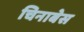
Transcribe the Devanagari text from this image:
चिनाबेस